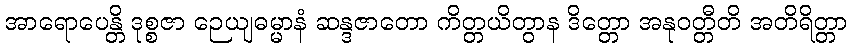
အာရောပေန္တိ ဒုစ္စဇာ ဉေယျဓမ္မာနံ ဆန္ဒဇာတော ကိတ္တယိတွာန ဒိတ္တော အနုဝတ္တီတိ အတိရိတ္တာ